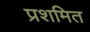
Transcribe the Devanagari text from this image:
प्रशमित